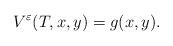
LaTeX: \begin{align*} V^{\varepsilon}(T,x,y)=g(x,y) .\end{align*}